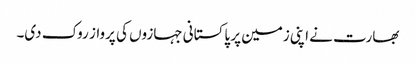
بھارت نے اپنی زمین پر پاکستانی جہازوں کی پرواز روک دی۔